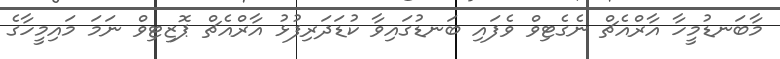
މާބަނޑުމީހާ އާރްއެޗް ނެގެޓިވް ވެފައި ބަނޑުގައިވާ ކުޑަދަރިފުޅު އާރްއެޗް ޕޮޒިޓިވް ނަމަ މައިމީހާގެ